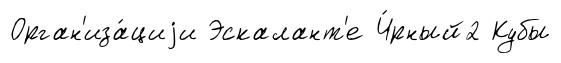
Орган'иза́циjи Эскалант'е Ч́рный2 Кубы